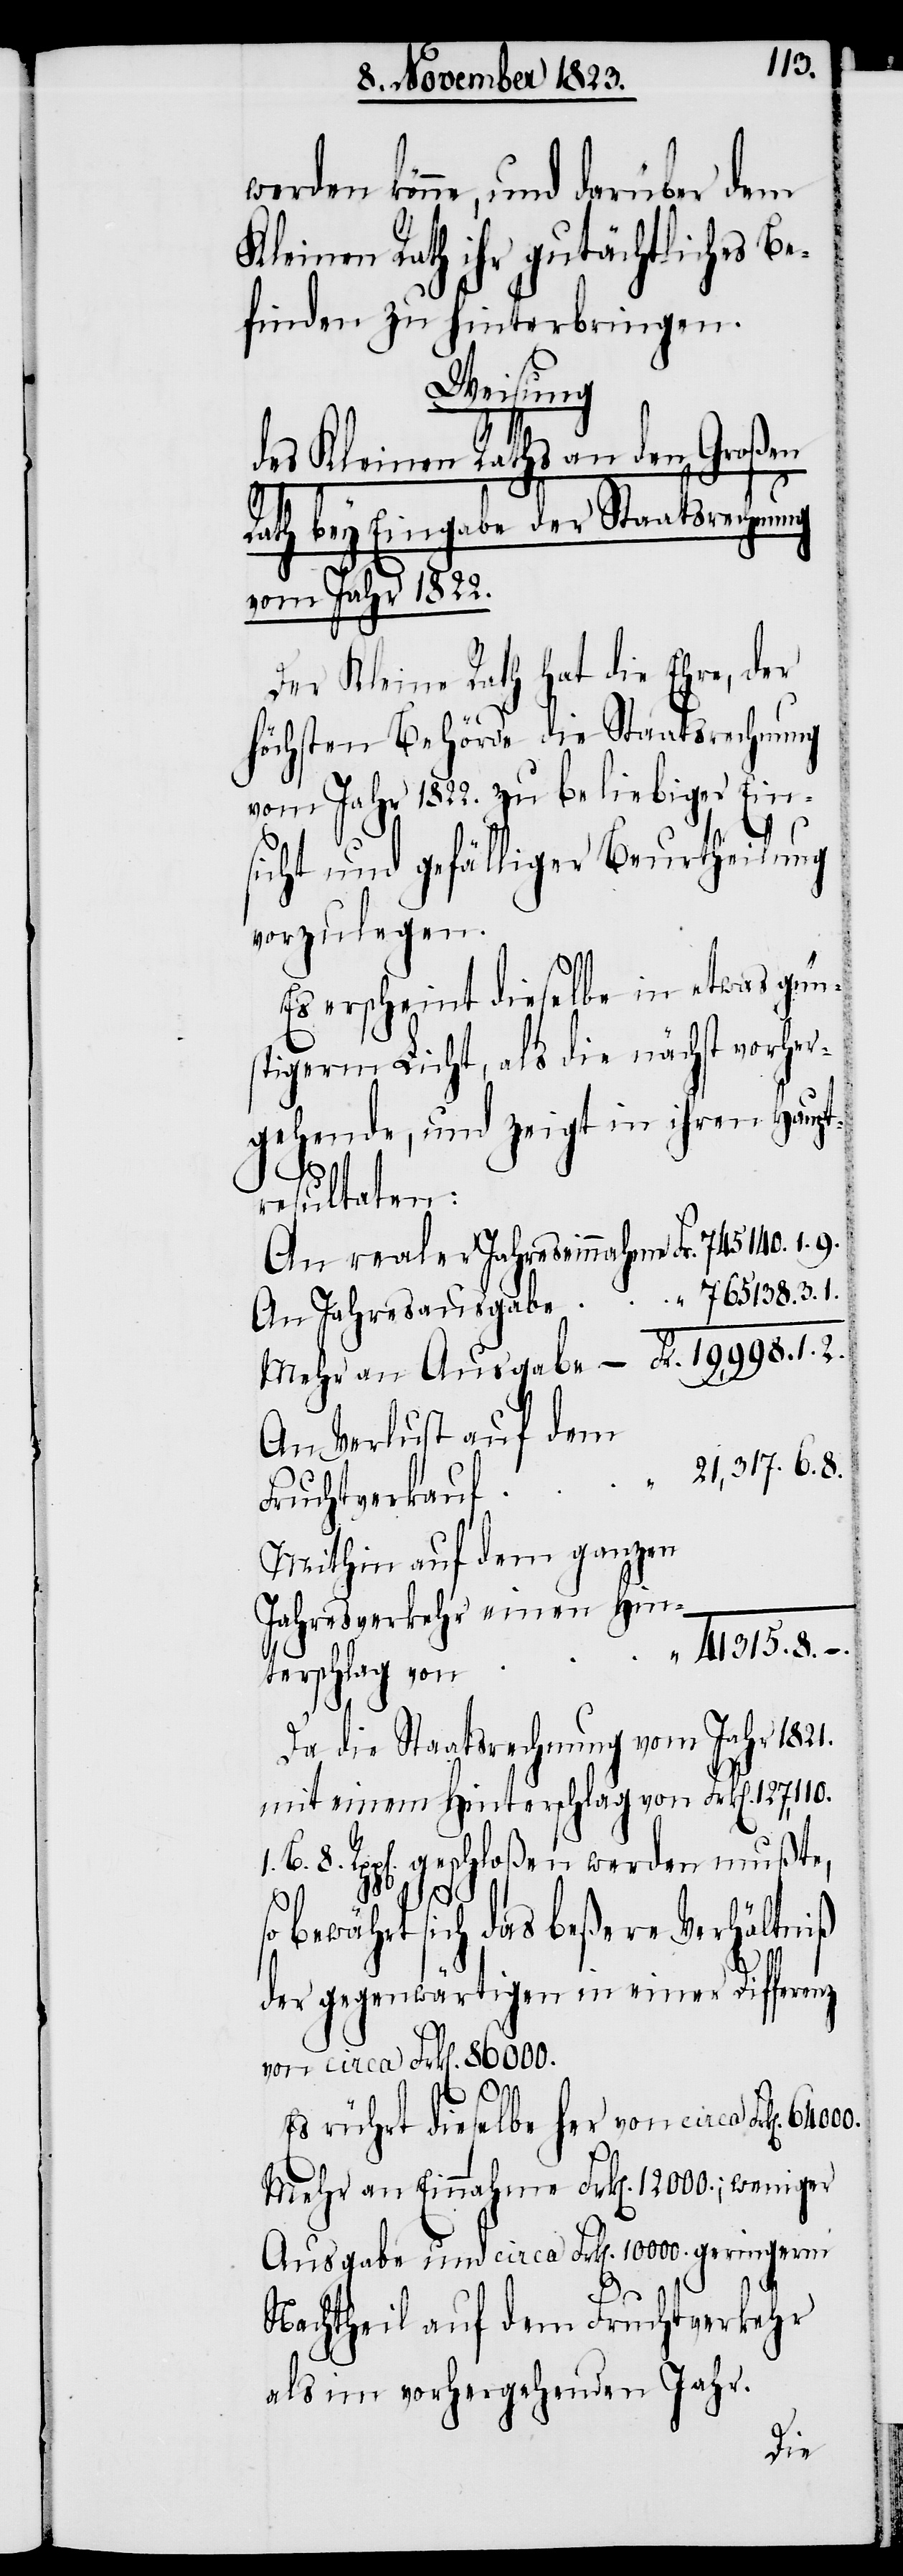
1.
könne, und darüber dem
Kleinen Rath ihr gutächtliches Be¬
finden zu hinterbringen.
Weisung
B.
des Kleinen Raths an den Großen
Rath bey Eingabe der Staatsrechnung
vom Jahr 1822.
Der Kleine Rath hat die Ehre, der
höchsten Behörde die Staatsrechnung
vom Jahr 1822. zu beliebiger Ein¬
sicht und gefälliger Beurtheilung
vorzulegen.
Es erscheint dieselbe in etwas gün¬
stigerm Licht, als die nächst vorher¬
gehende, und zeigt in ihren Haupt¬
resultaten:
An Verlust auf dem
Fruchtverkauf
Mithin auf dem ganzen
Jahresverkehr einen Hin¬
„
terschlag von
Da die Staatsrechnung vom Jahr 1821.
mit einem Hinterschlag von Frk[en]. 127,110.
8. Rpp[en]. geschloßen werden mußte,
bewährt sich das beßere Verhältniß
der gegenwärtigen in einer Differenz
von circa Frk[en]. 86000.
765138.
Es rührt dieselbe her von circa Frk[en].
Mehr an Einnahme Frk[en]. 12000.; weniger
Ausgabe und circa Frk[en]. 10000. geringerm
Nachtheil auf dem Fruchtverkehr
als im vorhergehenden Jahr.